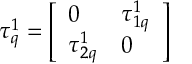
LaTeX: \tau _ { q } ^ { 1 } = \left[ \begin{array} { l l } { { 0 } } & { { \tau _ { 1 q } ^ { 1 } } } \\ { { \tau _ { 2 q } ^ { 1 } } } & { { 0 } } \end{array} \right]